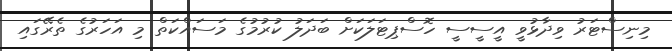
މިނިސްޓަރު ވިދާޅުވީ އީސީސީ ހޮސްޕިޓަލަކަށް ބަދަލު ކުރުމުގެ މަސައްކަތް މި އަހަރުގެ ތެރޭގައި